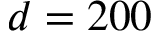
d = 2 0 0